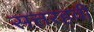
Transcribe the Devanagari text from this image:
सत्तरहवी